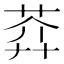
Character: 𦲈